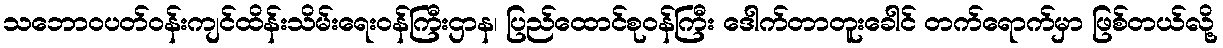
သဘောဝပတ်ဝန်းကျင်ထိန်းသိမ်းရေးဝန်ကြီးဌာန၊ ပြည်ထောင်စုဝန်ကြီး ဒေါက်တာတူးခေါင် တက်ရောက်မှာ ဖြစ်တယ်လို့